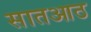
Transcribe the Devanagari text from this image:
सातआठ